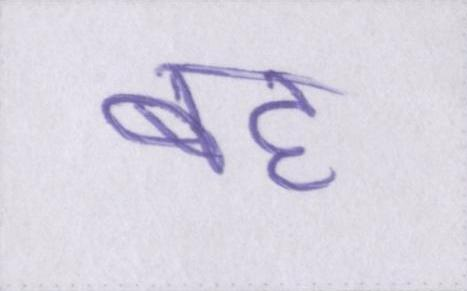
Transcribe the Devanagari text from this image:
बह